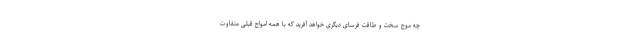
چه موج سخت و طاقت فرسای دیگری خواهد آفرید که با همه امواج قبلی متفاوت